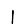
Digit: 1